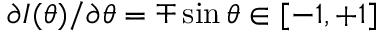
{ \partial I ( \theta ) } / { \partial \theta } = \mp \sin \theta \in [ - 1 , + 1 ]